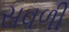
સવળી